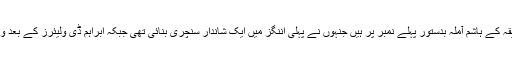
ٹیسٹ بلے بازوں کی فہرست میں جنوبی افریقہ کے ہاشم آملہ بدستور پہلے نمبر پر ہیں جنہوں نے پہلی اننگز میں ایک شاندار سنچری بنائی تھی جبکہ ابراہم ڈی ولیئرز کے بعد ویسٹ انڈیز کے شیونرائن چندرپال موجود ہیں۔